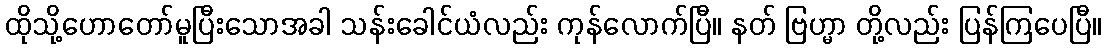
ထိုသို့ဟောတော်မူပြီးသောအခါ သန်းခေါင်ယံလည်း ကုန်လောက်ပြီ။ နတ် ဗြဟ္မာ တို့လည်း ပြန်ကြပေပြီ။